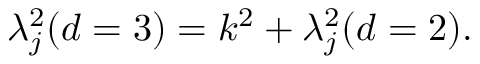
\lambda _ { j } ^ { 2 } ( d = 3 ) = k ^ { 2 } + \lambda _ { j } ^ { 2 } ( d = 2 ) .